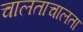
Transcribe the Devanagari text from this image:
चालताचालता